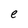
Character: e